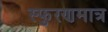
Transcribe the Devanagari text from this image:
स्फुरणमात्र